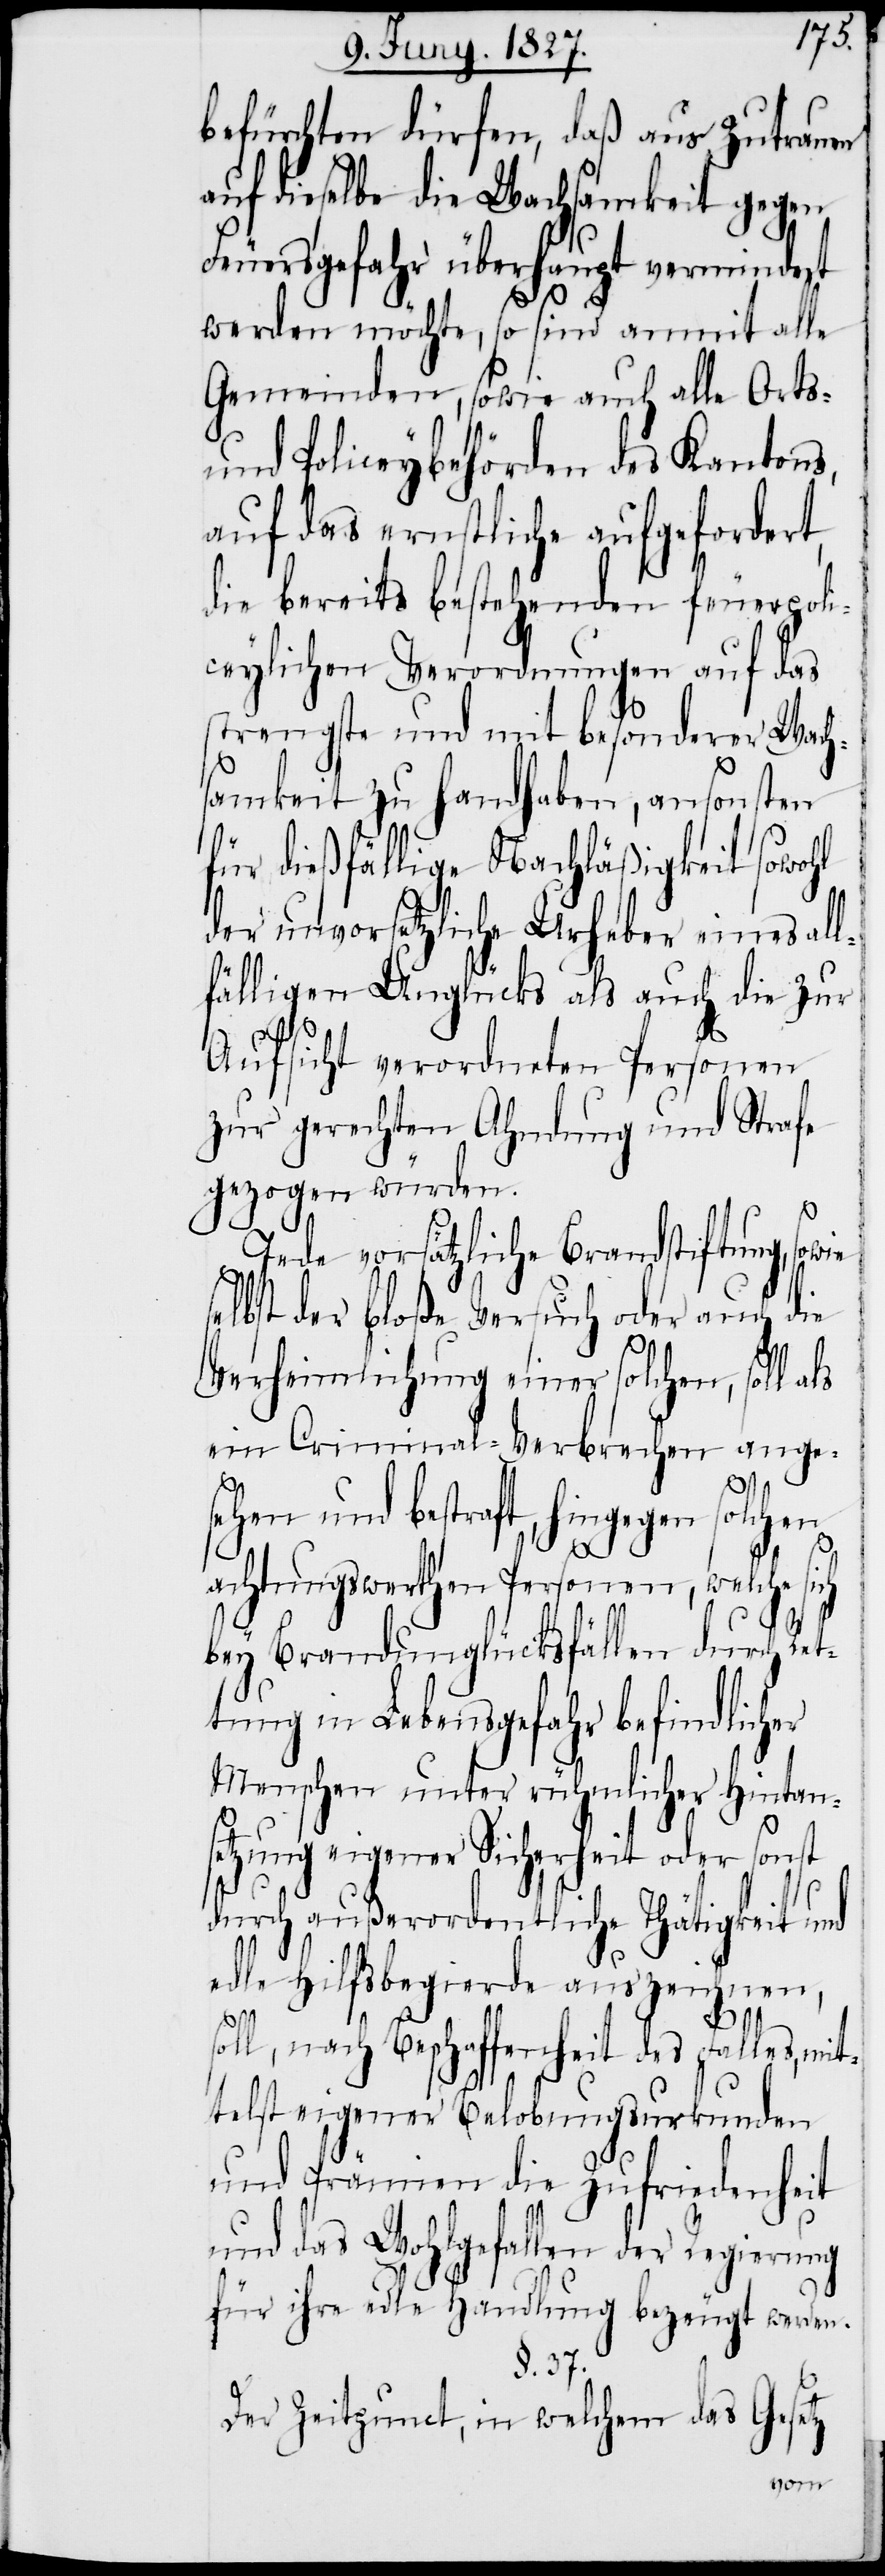
befürchten dürften, daß aus Zutrauen
auf dieselbe die Wachsamkeit gegen
Feuersgefahr überhaupt vermindert
werden möchte, so sind anmit alle
Gemeinden, sowie auch alle Orts-
und Policeybehörden des Kantons,
auf das ernstliche aufgefordert,
die bereits bestehenden feuerpoli¬
ceylichen Verordnungen auf das
strengste und mit besonderer Wach¬
samkeit zu handhaben, ansonsten
für dießfällige Nachläßigkeit sowohl
der unvorsetzliche Urheber eines all¬
fälligen Unglücks als auch die zur
Aufsicht verordneten Personen
zur gerechten Ahndung und Strafe
gezogen würden.
Jede vorsätzliche Brandstiftung, sowie
selbst der bloße Versuch oder auch die
Verheimlichung einer solchen, soll
ein Criminal-Verbrechen angese¬
hen und bestraft, hingegen
achtungswerthen Personen, welche
bey Brandunglücksfällen durch Ret¬
tung in Lebensgefahr befindlicher
Menschen unter rühmlicher Hintan¬
setzung eigener Sicherheit oder sonst
durch außerordentliche Thätigkeit und
edle Hilfsbegierde auszeichnen,
soll, nach Beschaffenheit des Falles, mit¬
telst eigener Belobungsurkunden
und Prämien die Zufriedenheit
und das Wohlgefallen der Regierung
für ihre edle Handlung bezeugt werden.
§. 37.
Der Zeitpunct, in welchem das Gesetz